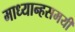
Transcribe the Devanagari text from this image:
माध्यान्हसमयी